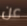
عن